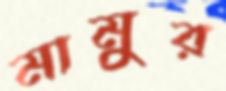
মামুর